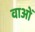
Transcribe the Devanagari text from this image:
वाओं